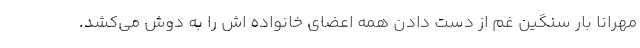
مهرانا بار سنگین غم از دست دادن همه اعضای خانواده اش را به دوش می‌کشد.